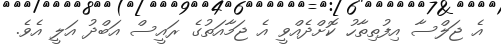
އެ ޖަލްސާ އިފުތިތާހު ކޮށްދެއްވީ އެ ޖަމާއަތުގެ ރައީސް އަބްދު އަލީ އެވެ.